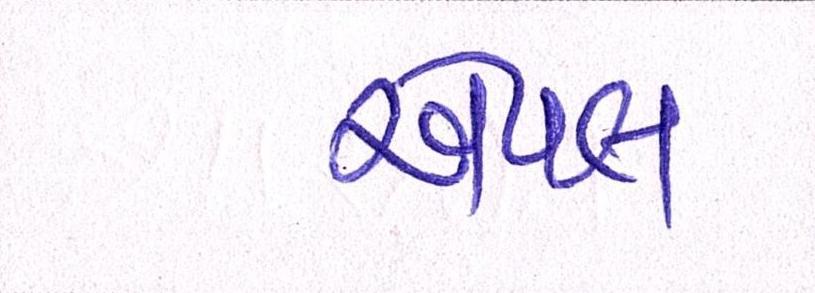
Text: એપલ